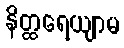
နိတ္ထရေယျာမ